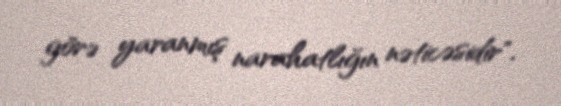
görə yaranmış narahatlığın nəticəsidir".